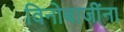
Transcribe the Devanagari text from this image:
विनोबाजींना